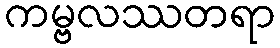
ကမ္ဗလဿတရာ